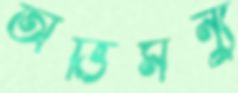
অভিমন্যু